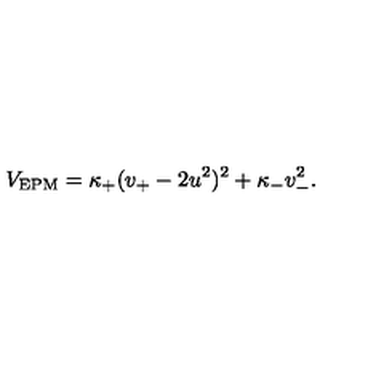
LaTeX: V _ { \mathrm { E P M } } = \kappa _ { + } ( v _ { + } - 2 u ^ { 2 } ) ^ { 2 } + \kappa _ { - } v _ { - } ^ { 2 } .